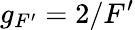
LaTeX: g_{F^{\prime}}=2/F^{\prime}